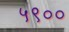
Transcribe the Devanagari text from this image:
५९००